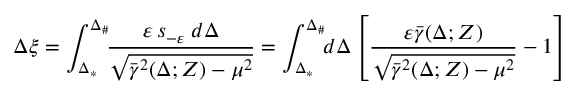
\Delta \xi = \int _ { \Delta _ { * } } ^ { \Delta _ { \# } } \! \! \frac { \varepsilon \, s _ { - \varepsilon } \: d \Delta } { \sqrt { \bar { \gamma } ^ { 2 } ( \Delta ; Z ) - \mu ^ { 2 } } } = \displaystyle \int _ { \Delta _ { * } } ^ { \Delta _ { \# } } \! \! d \Delta \left[ \frac { \varepsilon \bar { \gamma } ( \Delta ; Z ) } { \sqrt { \bar { \gamma } ^ { 2 } ( \Delta ; Z ) - \mu ^ { 2 } } } - 1 \right]